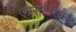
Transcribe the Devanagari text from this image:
एक्सटेरियर